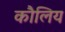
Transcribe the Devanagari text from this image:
कौलिय